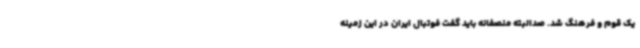
یک قوم و فرهنگ شد. صدالبته منصفانه باید گفت فوتبال ایران در این زمینه